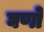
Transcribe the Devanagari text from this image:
घणो